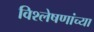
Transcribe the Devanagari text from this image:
विश्लेषणांच्या